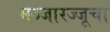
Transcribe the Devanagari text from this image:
मज्जारज्जूचा